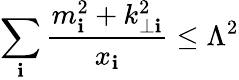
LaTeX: \sum_{\mathbf{i}}\frac{{m_{\mathbf{i}}^{2}+k_{\perp\mathbf{i}}^{2}}}{{x_{\mathbf{i}}}}\leq\Lambda^{2}